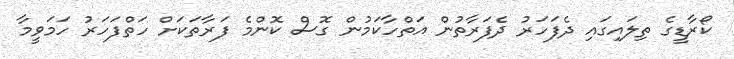
ކޯރާޑީގެ ތިލައިގައި ދެފަހަރު ދެފަރާތުން އަތްހާކަމުން ގޮސް ކޮންމެ ފަރާތަކަށް ހަތްފަހަރު ހަމަވީމާ